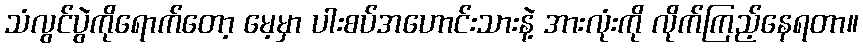
သံလွင်ပွဲကိုရောက်တော့ မေ့မှာ ပါးစပ်အဟောင်းသားနဲ့ အားလုံးကို လိုက်ကြည့်နေရတာ။